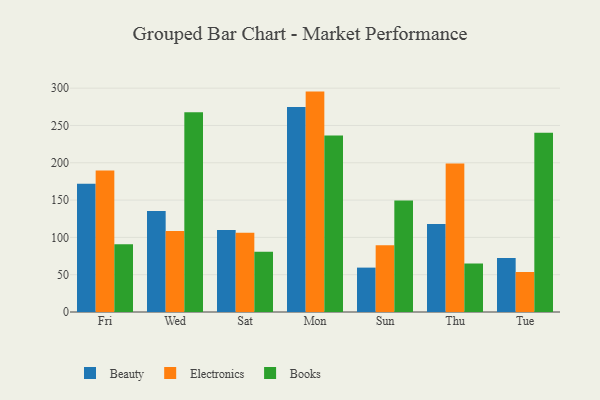
{"axis": {"x": "Day", "y": "LTV (USD)"}, "legend": ["Beauty", "Books", "Electronics"], "data": [{"x": "Fri", "y": 171.8, "type": "Beauty"}, {"x": "Fri", "y": 189.6, "type": "Electronics"}, {"x": "Fri", "y": 90.9, "type": "Books"}, {"x": "Wed", "y": 135.4, "type": "Beauty"}, {"x": "Wed", "y": 108.4, "type": "Electronics"}, {"x": "Wed", "y": 267.7, "type": "Books"}, {"x": "Sat", "y": 109.8, "type": "Beauty"}, {"x": "Sat", "y": 106.1, "type": "Electronics"}, {"x": "Sat", "y": 80.6, "type": "Books"}, {"x": "Mon", "y": 274.6, "type": "Beauty"}, {"x": "Mon", "y": 295.4, "type": "Electronics"}, {"x": "Mon", "y": 236.7, "type": "Books"}, {"x": "Sun", "y": 59.5, "type": "Beauty"}, {"x": "Sun", "y": 89.3, "type": "Electronics"}, {"x": "Sun", "y": 149.3, "type": "Books"}, {"x": "Thu", "y": 117.9, "type": "Beauty"}, {"x": "Thu", "y": 199.1, "type": "Electronics"}, {"x": "Thu", "y": 65.0, "type": "Books"}, {"x": "Tue", "y": 72.3, "type": "Beauty"}, {"x": "Tue", "y": 53.6, "type": "Electronics"}, {"x": "Tue", "y": 240.2, "type": "Books"}]}